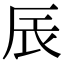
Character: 𮝾